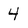
Character: 4